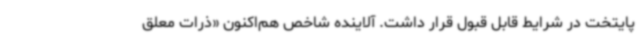
پایتخت در شرایط قابل قبول قرار داشت. آلاینده شاخص هم‌اکنون «ذرات معلق